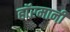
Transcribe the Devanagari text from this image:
हाॅरमानी